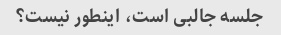
جلسه جالبی است، اینطور نیست؟